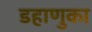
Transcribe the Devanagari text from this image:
डहाणुका